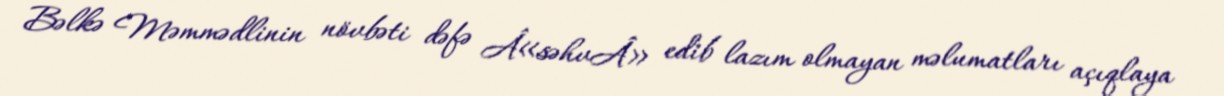
Bəlkə Məmmədlinin növbəti dəfə Â«səhvÂ» edib lazım olmayan məlumatları açıqlaya